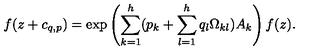
f ( z + c _ { q , p } ) = \exp \left( { \sum _ { k = 1 } ^ { h } ( p _ { k } + \sum _ { l = 1 } ^ { h } q _ { l } \Omega _ { k l } ) A _ { k } } \right) f ( z ) .